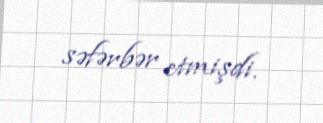
səfərbər etmişdi.